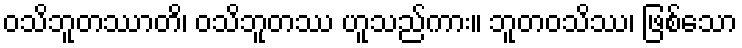
ဝသိဘူတဿာတိ၊ ဝသိဘူတဿ ဟူသည်ကား။ ဘူတဝသိဿ၊ ဖြစ်သော